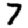
Digit: 7